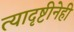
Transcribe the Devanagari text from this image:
त्यादृष्टीनेही